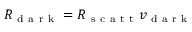
R _ { \mathrm { ~ d ~ a ~ r ~ k ~ } } = R _ { \mathrm { ~ s ~ c ~ a ~ t ~ t ~ } } v _ { \mathrm { ~ d ~ a ~ r ~ k ~ } }